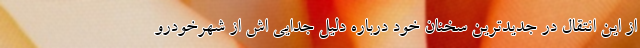
از این انتقال در جدیدترین سخنان خود درباره دلیل جدایی اش از شهرخودرو